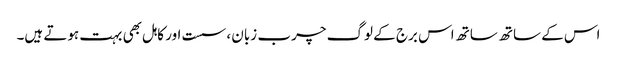
اس کے ساتھ ساتھ اس برج کے لوگ چرب زبان ، سست اور کاہل بھی بہت ہوتے ہیں۔